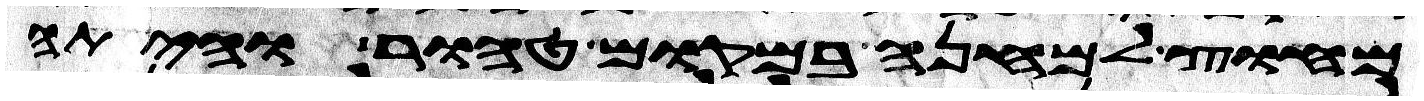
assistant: מחוץ למחנה במקום טהור והיתה